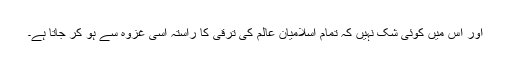
اور اس میں کوئی شک نہیں کہ تمام اسلامیانِ عالم کی ترقی کا راستہ اسی غزوہ سے ہو کر جاتا ہے۔